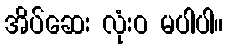
အိပ်ဆေး လုံးဝ မပါပါ။